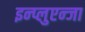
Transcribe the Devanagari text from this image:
इन्प्लुएन्जा